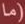
(ما